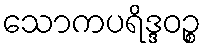
သောကပရိဒ္ဒဝဉ္စ